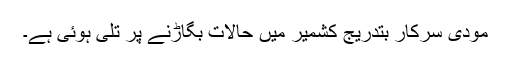
مودی سرکار بتدریج کشمیر میں حالات بگاڑنے پر تُلی ہوئی ہے۔